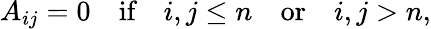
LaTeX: A_{ij}=0\quad\textrm{if}\quad i,j\le n\quad\textrm{or}\quad i,j>n,